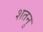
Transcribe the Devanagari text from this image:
शतनु